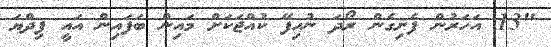
"13 އަހަރުން ފެށިގެން ރޯދަ ނުހިފޭ ކުއްޖަކަށް މައިން ބަފައިން އައީ ފިދްޔަ